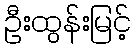
ဦးထွန်းမြင့်